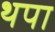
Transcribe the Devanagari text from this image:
थपा